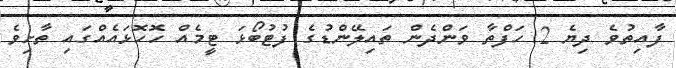
ފާއިތުވެ ދިޔެ 2 ހަފްތާ ވަންދެން ތައިލޭންޑުގެ ފުޓުބޯޅަ ޓީމެއް ހޮހޮޅައެއްގައި ތާށިވެ